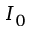
I _ { 0 }